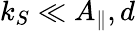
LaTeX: k_{S}\ll A_{\parallel},d